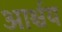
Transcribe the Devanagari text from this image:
आर्श्चय